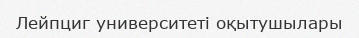
Лейпциг университеті оқытушылары